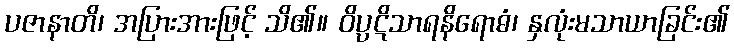
ပဇာနာတိ၊ အပြားအားဖြင့် သိ၏။ ဝိပ္ပဋိသာရနိရောဓံ၊ နှလုံးမသာယာခြင်း၏